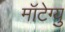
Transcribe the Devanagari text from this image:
मॉटेग्यु